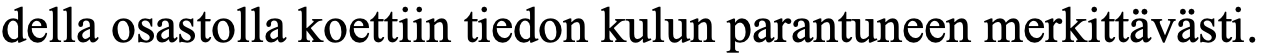
della osastolla koettiin tiedon kulun parantuneen merkittävästi.